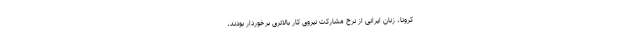
کرونا، زنان ایرانی از نرخ مشارکت نیروی کار بالاتری برخوردار بودند،